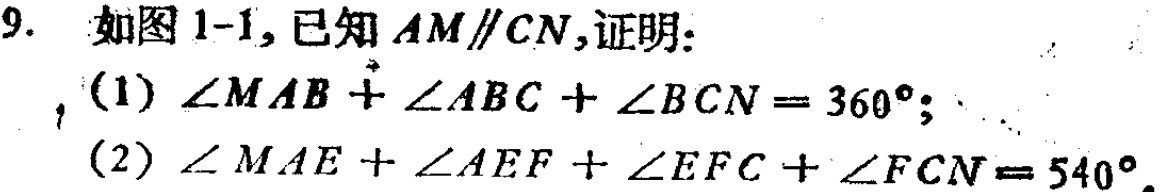
9. 如图1-1, 已知 \(AM\parallel CN\), 证明:

(1) \(\angle MAB+\angle ABC + \angle BCN=360^{\circ}\);

(2) \(\angle MAE+\angle AEF+\angle EFC+\angle FCN = 540^{\circ}\).